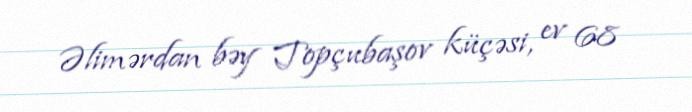
Əlimərdan bəy Topçubaşov küçəsi, ev 68